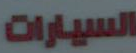
السيارات